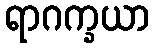
ရာဂက္ခယာ